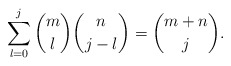
\begin{align*}\sum_{l=0}^{j}{m \choose l} {n\choose j-l} ={m+n \choose j}.\end{align*}